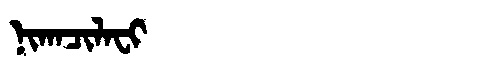
Manchu: ᠨᡳᡴᠠᠴᡳᠯᠠᠸᡳ
Romanization: NIKACILAFI